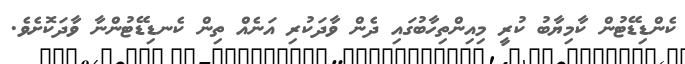
ކެންޑިޑޭޓުން ކާމިޔާބު ކުރީ މިއިންތިހާބުގައި ދެން ވާދަކުރި އަނެއް ތިން ކެނޑިޑޭޓުންނާ ވާދަކޮށެވެ.